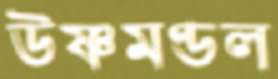
উষ্ণমণ্ডল